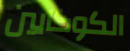
الكوكايين